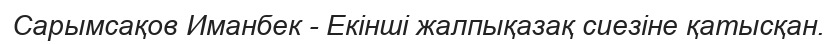
Сарымсақов Иманбек - Екінші жалпықазақ сиезіне қатысқан.